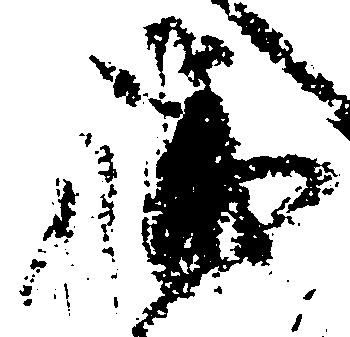
職